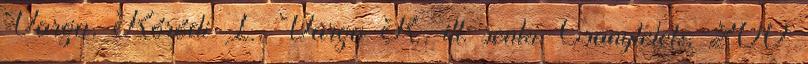
Varga, Kóródi I., Varga R., ill. senki. Csanytelek, 200